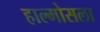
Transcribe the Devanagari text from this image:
हाल्मोसला